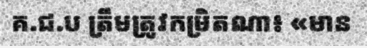
គ.ជ.ប ត្រឹមត្រូវកម្រិតណា៖ «មាន